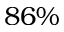
8 6 \%